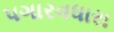
પગારવધારા